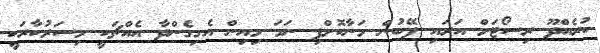
ކުރެއްދޫ ރިސޯޓަށް އަރައި ފޭބުން މަނާކޮށްފި ނަމަ މިއިން އެގިގެންދާ އެއްޗަކީ މިސަރުކާރަކީ